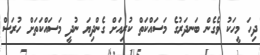
ދިހަ މީހަކު ވެގެން ބަނދަރުގެ މަސައްކަތް ކުރިއަށް ގެންދިޔަ ނުދީ މަސައްކަތަށް ހުރަސް